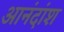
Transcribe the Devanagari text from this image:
आनंदांश